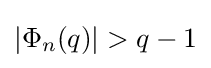
|\Phi _{n}(q)|>q-1